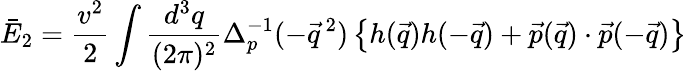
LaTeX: \bar{E}_{2}=\frac{v^{2}}{2}\int\frac{d^{3}q}{(2\pi)^{2}}\Delta_{p}^{-1}(-\vec{q}\, ^{2})\left\{ h(\vec{q})h(-\vec{q})+\vec{p}(\vec{q})\cdot\vec{p}(-\vec{q})\right\}